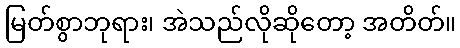
မြတ်စွာဘုရား၊ အဲသည်လိုဆိုတော့ အတိတ်။